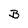
Character: B